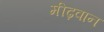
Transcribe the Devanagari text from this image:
मीढ़वान